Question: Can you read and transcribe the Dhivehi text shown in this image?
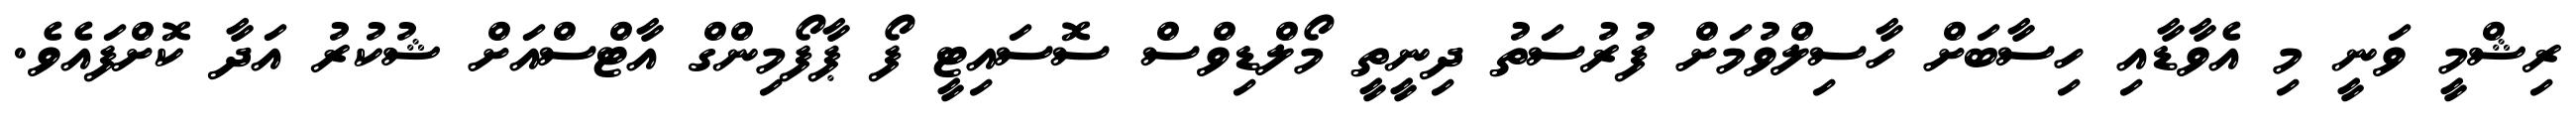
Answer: ރިޝްމީ ވަނީ މި އެވާޑާއި ހިސާބަށް ހާސިލްވުމަށް ފުރުސަތު ދިނީތީ މޯލްޑިވްސް ސޮސައިޓީ ފޯ ޕާފޯމިންގް އާޓްސްއަށް ޝުކުރު އަދާ ކޮށްފައެވެ.